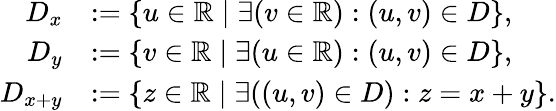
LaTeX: \begin{array}{rl}{D_{x}}&{:=\left\{ u\in\mathbb{R}\mid\exists(v\in\mathbb{R}):(u,v)\in D\right\} ,}\\ {D_{y}}&{:=\left\{ v\in\mathbb{R}\mid\exists(u\in\mathbb{R}):(u,v)\in D\right\} ,}\\ {D_{x+y}}&{:=\left\{ z\in\mathbb{R}\mid\exists((u,v)\in D):z=x+y\right\} .}\end{array}